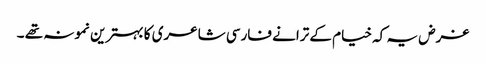
غرض یہ کہ خیام کے ترانے فارسی شاعری کا بہترین نمونہ تھے ۔